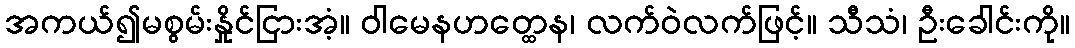
အကယ်၍မစွမ်းနှိုင်ငြားအံ့။ ဝါမေနဟတ္ထေန၊ လက်ဝဲလက်ဖြင့်။ သီသံ၊ ဦးခေါင်းကို။